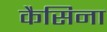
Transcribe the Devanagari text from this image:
कैसिना